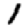
Digit: 1